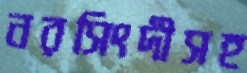
নরসিংদীসহ